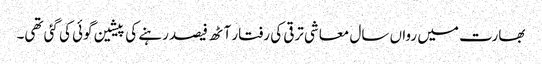
بھارت میں رواں سال معاشی ترقی کی رفتار آٹھ فیصد رہنے کی پیشین گوئی کی گئی تھی۔